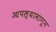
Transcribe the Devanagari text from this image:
आपल्यामागून